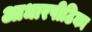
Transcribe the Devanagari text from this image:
आधारपीठिका